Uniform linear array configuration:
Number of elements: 4
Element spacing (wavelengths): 0.75
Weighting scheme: cosine
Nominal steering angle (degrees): -60
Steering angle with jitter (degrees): -60.615
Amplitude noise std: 0.05
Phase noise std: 0.05

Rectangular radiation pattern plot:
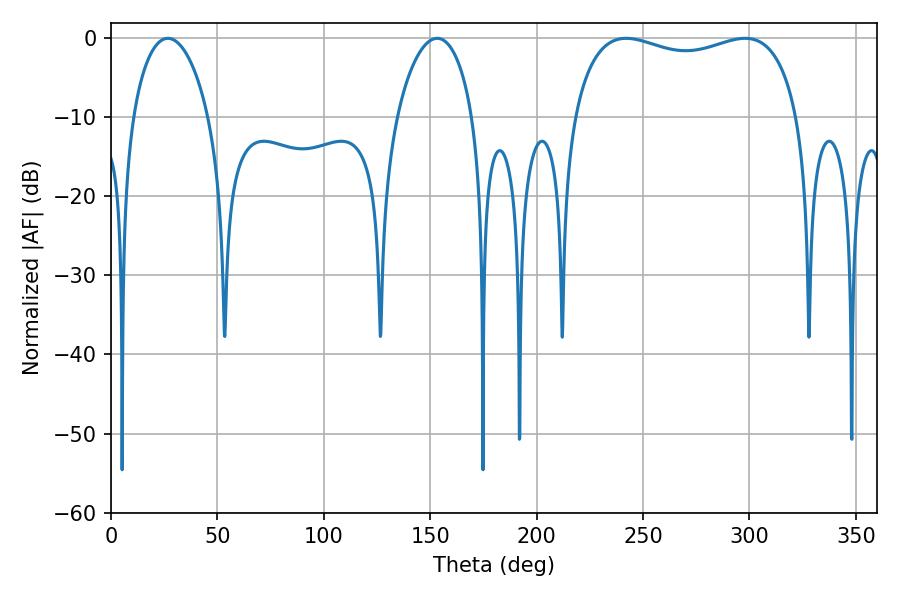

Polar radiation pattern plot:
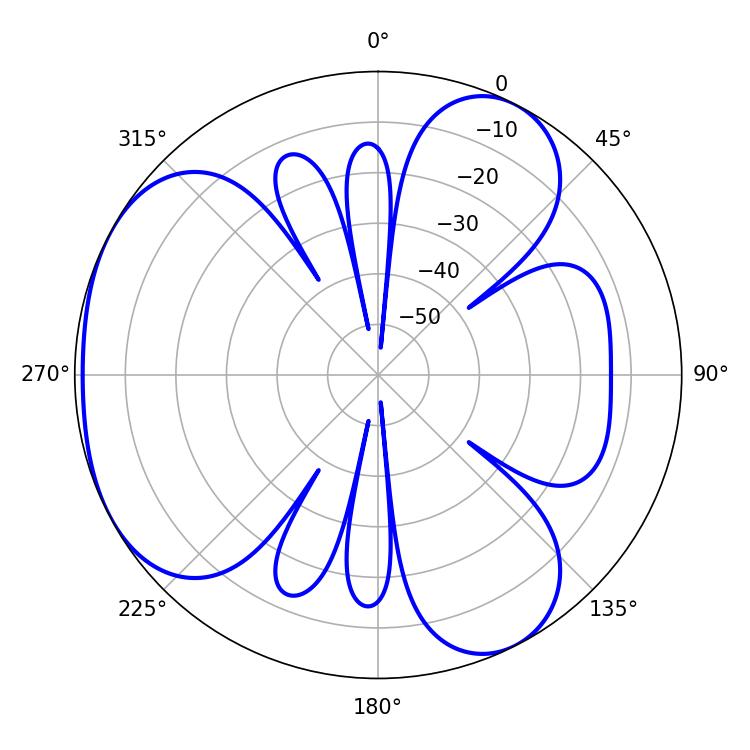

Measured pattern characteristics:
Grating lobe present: TRUE
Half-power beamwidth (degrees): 86.76
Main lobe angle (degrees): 242.1